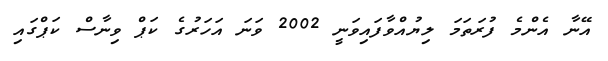
އޭނާ އެންމެ ފުރަތަމަ ލިޔުއްވާފައިވަނީ 2002 ވަނަ އަހަރުގެ ކަޕް ވިނާސް ކަޕްގައި